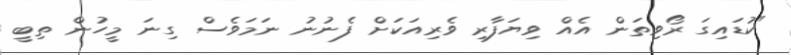
"ކުޑައިގަ ރޯވިތަން އެއް ވިޔަފާރި ވެރިއަކަށް ފެނުނު ނަމަވެސް ގިނަ މީހުން ތިބީ